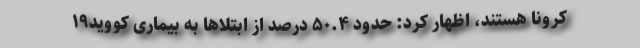
کرونا هستند، اظهار کرد: حدود ۵۰.۴ درصد از ابتلاها به بیماری کووید۱۹